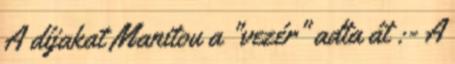
A díjakat Manitou a "vezér" adta át :- A